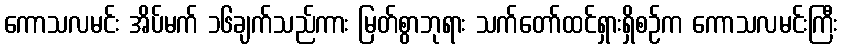
ကောသလမင်း အိပ်မက် ၁၆ချက်သည်ကား မြတ်စွာဘုရား သက်တော်ထင်ရှားရှိစဉ်က ကောသလမင်းကြီး